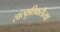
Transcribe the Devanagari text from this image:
सांस्कृतिकरीत्या